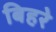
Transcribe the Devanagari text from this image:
बिहरे